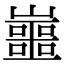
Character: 𡾙